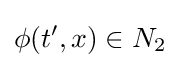
\phi (t',x)\in N_{2}